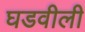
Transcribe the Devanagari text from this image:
घडवीली